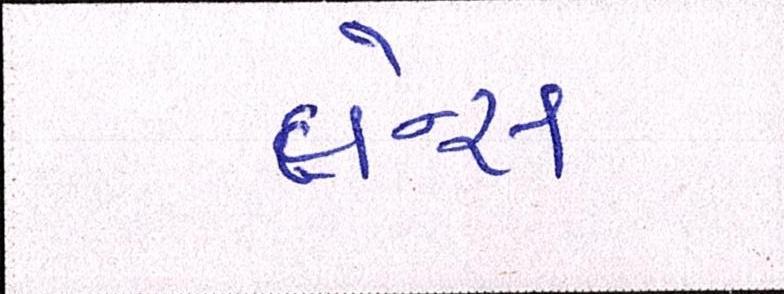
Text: લેન્સ